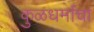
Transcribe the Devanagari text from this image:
कुळधर्माचा